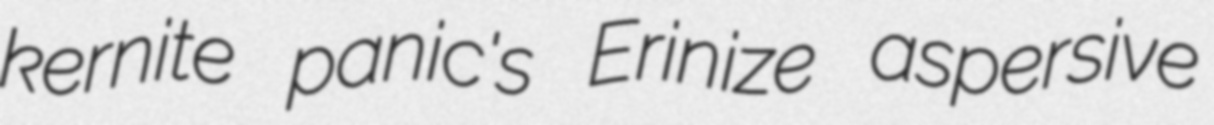
kernite panic's Erinize aspersive